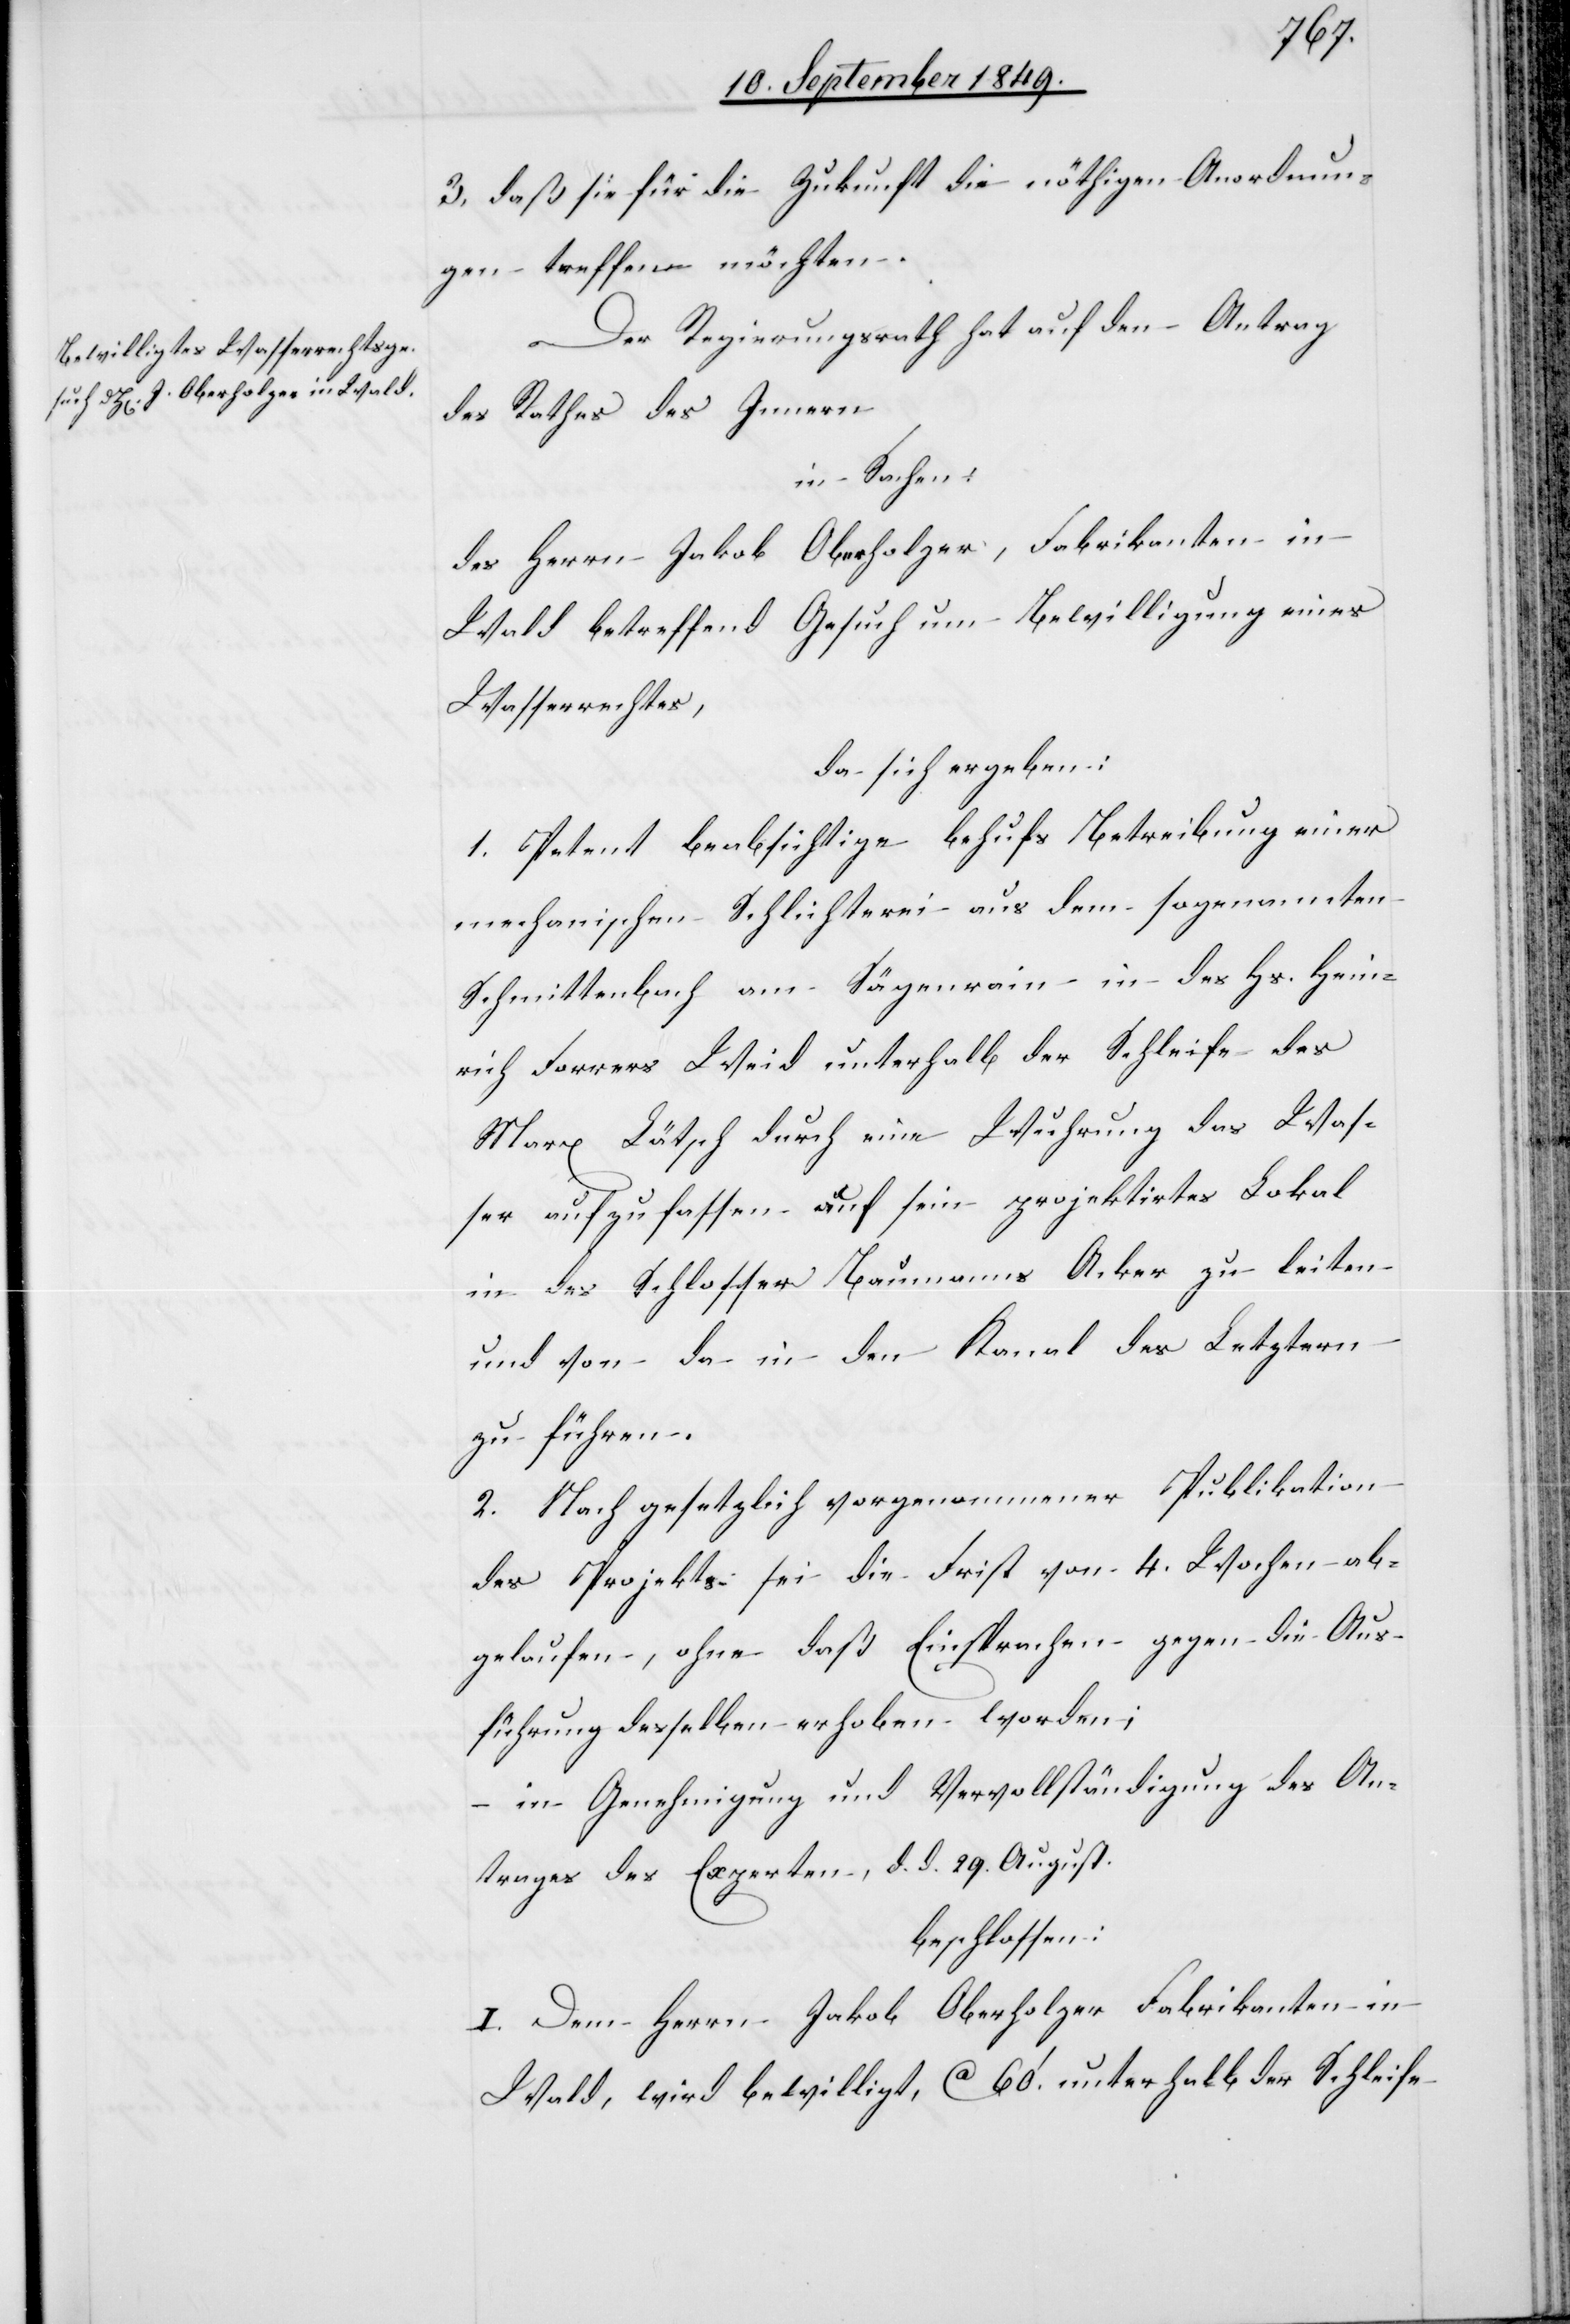
3. daß sie für die Zukunft die nöthigen Anordnun¬
gen treffen möchten.
Der Regierungsrath hat auf den Antrag
des Rathes des Innern
in Sachen:
des Herrn Jakob Oberholzer, Fabrikanten in
Wald betreffend Gesuch um Bewilligung eines
Wasserrechtes,
da sich ergeben:
1. Petent beabsichtige behufs Betreibung einer
mechanischen Schlichterei aus dem sogenannten
Schmittenbach am Sägenrain in des Hs. Hein¬
rich Forrers Weid unterhalb der Schleife des
Marx Lätsch durch eine Wuhrung das Was¬
ser aufzufassen auf sein projektirtes Lokal
in des Schlosser Baumanns Acker zu leiten
und von da in den Kanal des Letztern
zu führen.
2. Nach gesetzlich vorgenommener Publikation
des Projekts sei die Frist von 4. Wochen ab¬
gelaufen, ohne daß Einsprachen gegen die Aus¬
führung desselben erhoben worden;
in Genehmigung und Vervollständigung des An¬
trages des Experten, d. d. 29. August
beschlossen:
I. Dem Herrn Jakob Oberholzer Fabrikanten in
Wald, wird bewilligt, ca 60‘ unterhalb der Schleife